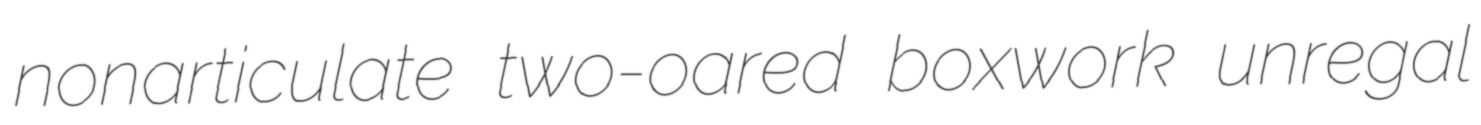
nonarticulate two-oared boxwork unregal